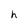
Character: h